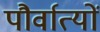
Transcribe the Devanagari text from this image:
पौर्वात्यों